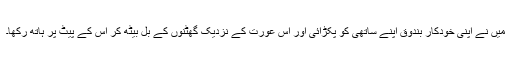
میں نے اپنی خودکار بندوق اپنے ساتھی کو پکڑائی اور اس عورت کے نزدیک گھٹنوں کے بل بیٹھ کر اس کے پیٹ پر ہاتھ رکھا۔